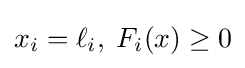
x_{i}=\ell _{i},\;F_{i}(x)\geq 0